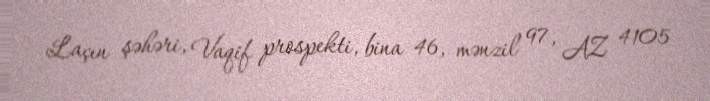
Laçın şəhəri, Vaqif prospekti, bina 46, mənzil 97, AZ 4105